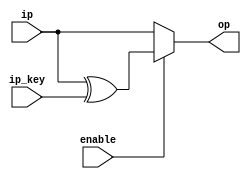
module AddRndKey_top(
input  [127:0] ip,
input  [127:0] ip_key,
input  enable,
output  [127:0] op
);
////enter your code here
// XOR bitwise for key and input
wire [127:0]op_temp;

assign op_temp[127:0] = ip[127:0] ^ ip_key[127:0];

assign op = enable ? op_temp : ip;

endmodule